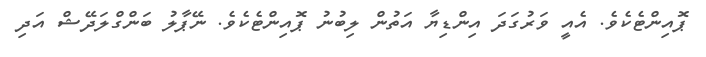
ޕޮއިންޓެކެވެ. އެއީ ވަރުގަދަ އިންޑިޔާ އަތުން ލިބުނު ޕޮއިންޓެކެވެ. ނޭޕާލު ބަންގްލަދޭޝް އަދި